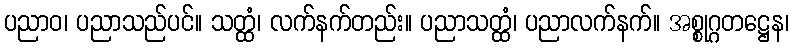
ပညာဝ၊ ပညာသည်ပင်။ သတ္ထံ၊ လက်နက်တည်း။ ပညာသတ္ထံ၊ ပညာလက်နက်။ အစ္စုဂ္ဂတဋ္ဌေန၊